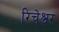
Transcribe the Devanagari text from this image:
रिचेश्वर